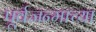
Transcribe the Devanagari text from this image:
पूर्वजन्माच्या